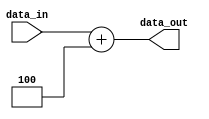
`timescale 1ns / 1ps
module ALU_Adder(data_in, data_out);
	input [31:0] data_in;
	output reg [31:0] data_out;
	
	always@(*) begin
		data_out <= data_in + 4;
	end
endmodule